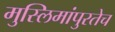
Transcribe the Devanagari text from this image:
मुस्लिमांपुरतेच